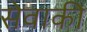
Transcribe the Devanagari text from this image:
सेवाकी